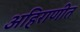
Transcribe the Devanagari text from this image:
अहिराणीत